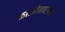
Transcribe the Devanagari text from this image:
कासीमबझार